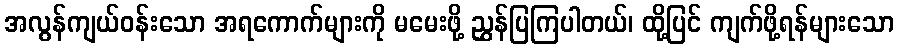
အလွန်ကျယ်ဝန်းသော အရကောက်များကို မမေးဖို့ ညွှန်ပြကြပါတယ်၊ ထို့ပြင် ကျက်ဖို့ရန်များသော